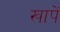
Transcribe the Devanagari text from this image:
खापें